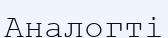
Аналогті